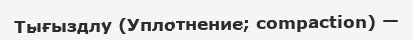
Тығыздлу (Уплотнение; compaction) —